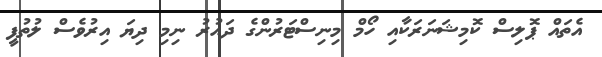
އެތައް ޕޮލިސް ކޮމިޝަނަރަކާއި ހޯމް މިނިސްޓަރުންގެ ދައުރު ނިމި ދިޔަ އިރުވެސް ލުތުފީ